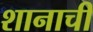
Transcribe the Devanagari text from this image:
शानाची